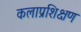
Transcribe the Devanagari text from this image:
कलाप्रशिक्षण